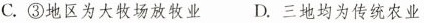
C.③地区为大牧场放牧业D.三地均为传统农业